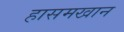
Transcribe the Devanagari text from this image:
हासमखान